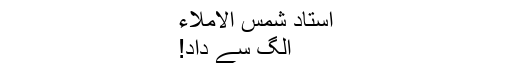
استاد شمس الاملاء
الگ سے داد!